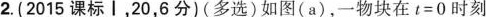
2.(2015课标Ⅰ，20，6分)(多选)如图(a)，一物块在$$t = 0$$时刻